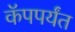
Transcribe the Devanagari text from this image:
कॅपपर्यंत